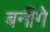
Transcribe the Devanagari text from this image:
बनीगे